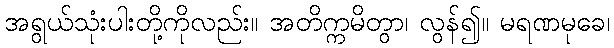
အရွယ်သုံးပါးတို့ကိုလည်း။ အတိက္ကမိတွာ၊ လွန်၍။ မရဏမုခေ၊